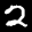
Label: 2